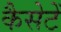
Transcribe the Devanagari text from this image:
कैसेटें